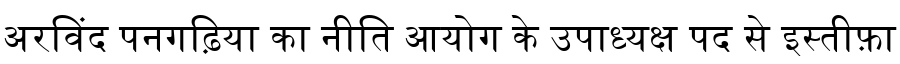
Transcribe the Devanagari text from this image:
अरविंद पनगढ़िया का नीति आयोग के उपाध्यक्ष पद से इस्तीफ़ा